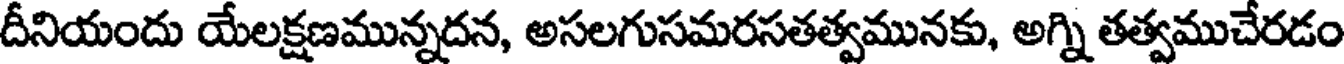
దీనియందు యేలక్షణమున్నదన, అసలగుసమరసతత్వమునకు, అగ్ని తత్వముచేరడం